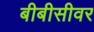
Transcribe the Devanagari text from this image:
बीबीसीवर